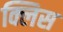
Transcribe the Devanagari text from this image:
क्लिस